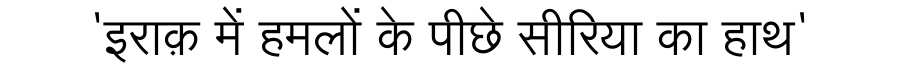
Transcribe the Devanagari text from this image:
'इराक़ में हमलों के पीछे सीरिया का हाथ'